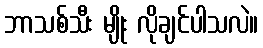
ဘာသစ်သီး မျိုး လိုချင်ပါသလဲ။